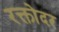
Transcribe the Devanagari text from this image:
रक्तोदर